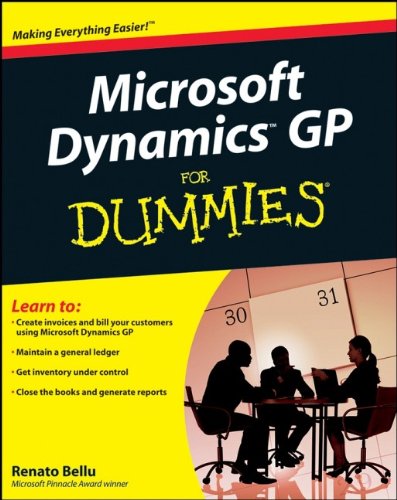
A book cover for Microsoft Dynamics GP For Dummies; Renato Bellu; Computers & Technology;